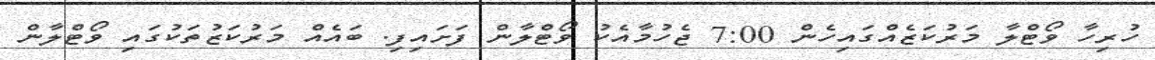
ހުރިހާ ވޯޓްލާ މަރުކަޒެއްގައިހެން 7:00 ޖެހުމާއެކު ވޯޓްލާން ފަށައިފި. ބައެއް މަރުކަޒުތަކުގައި ވޯޓްލާން